V__Kingissepa_nim__kolhoos, lk 6
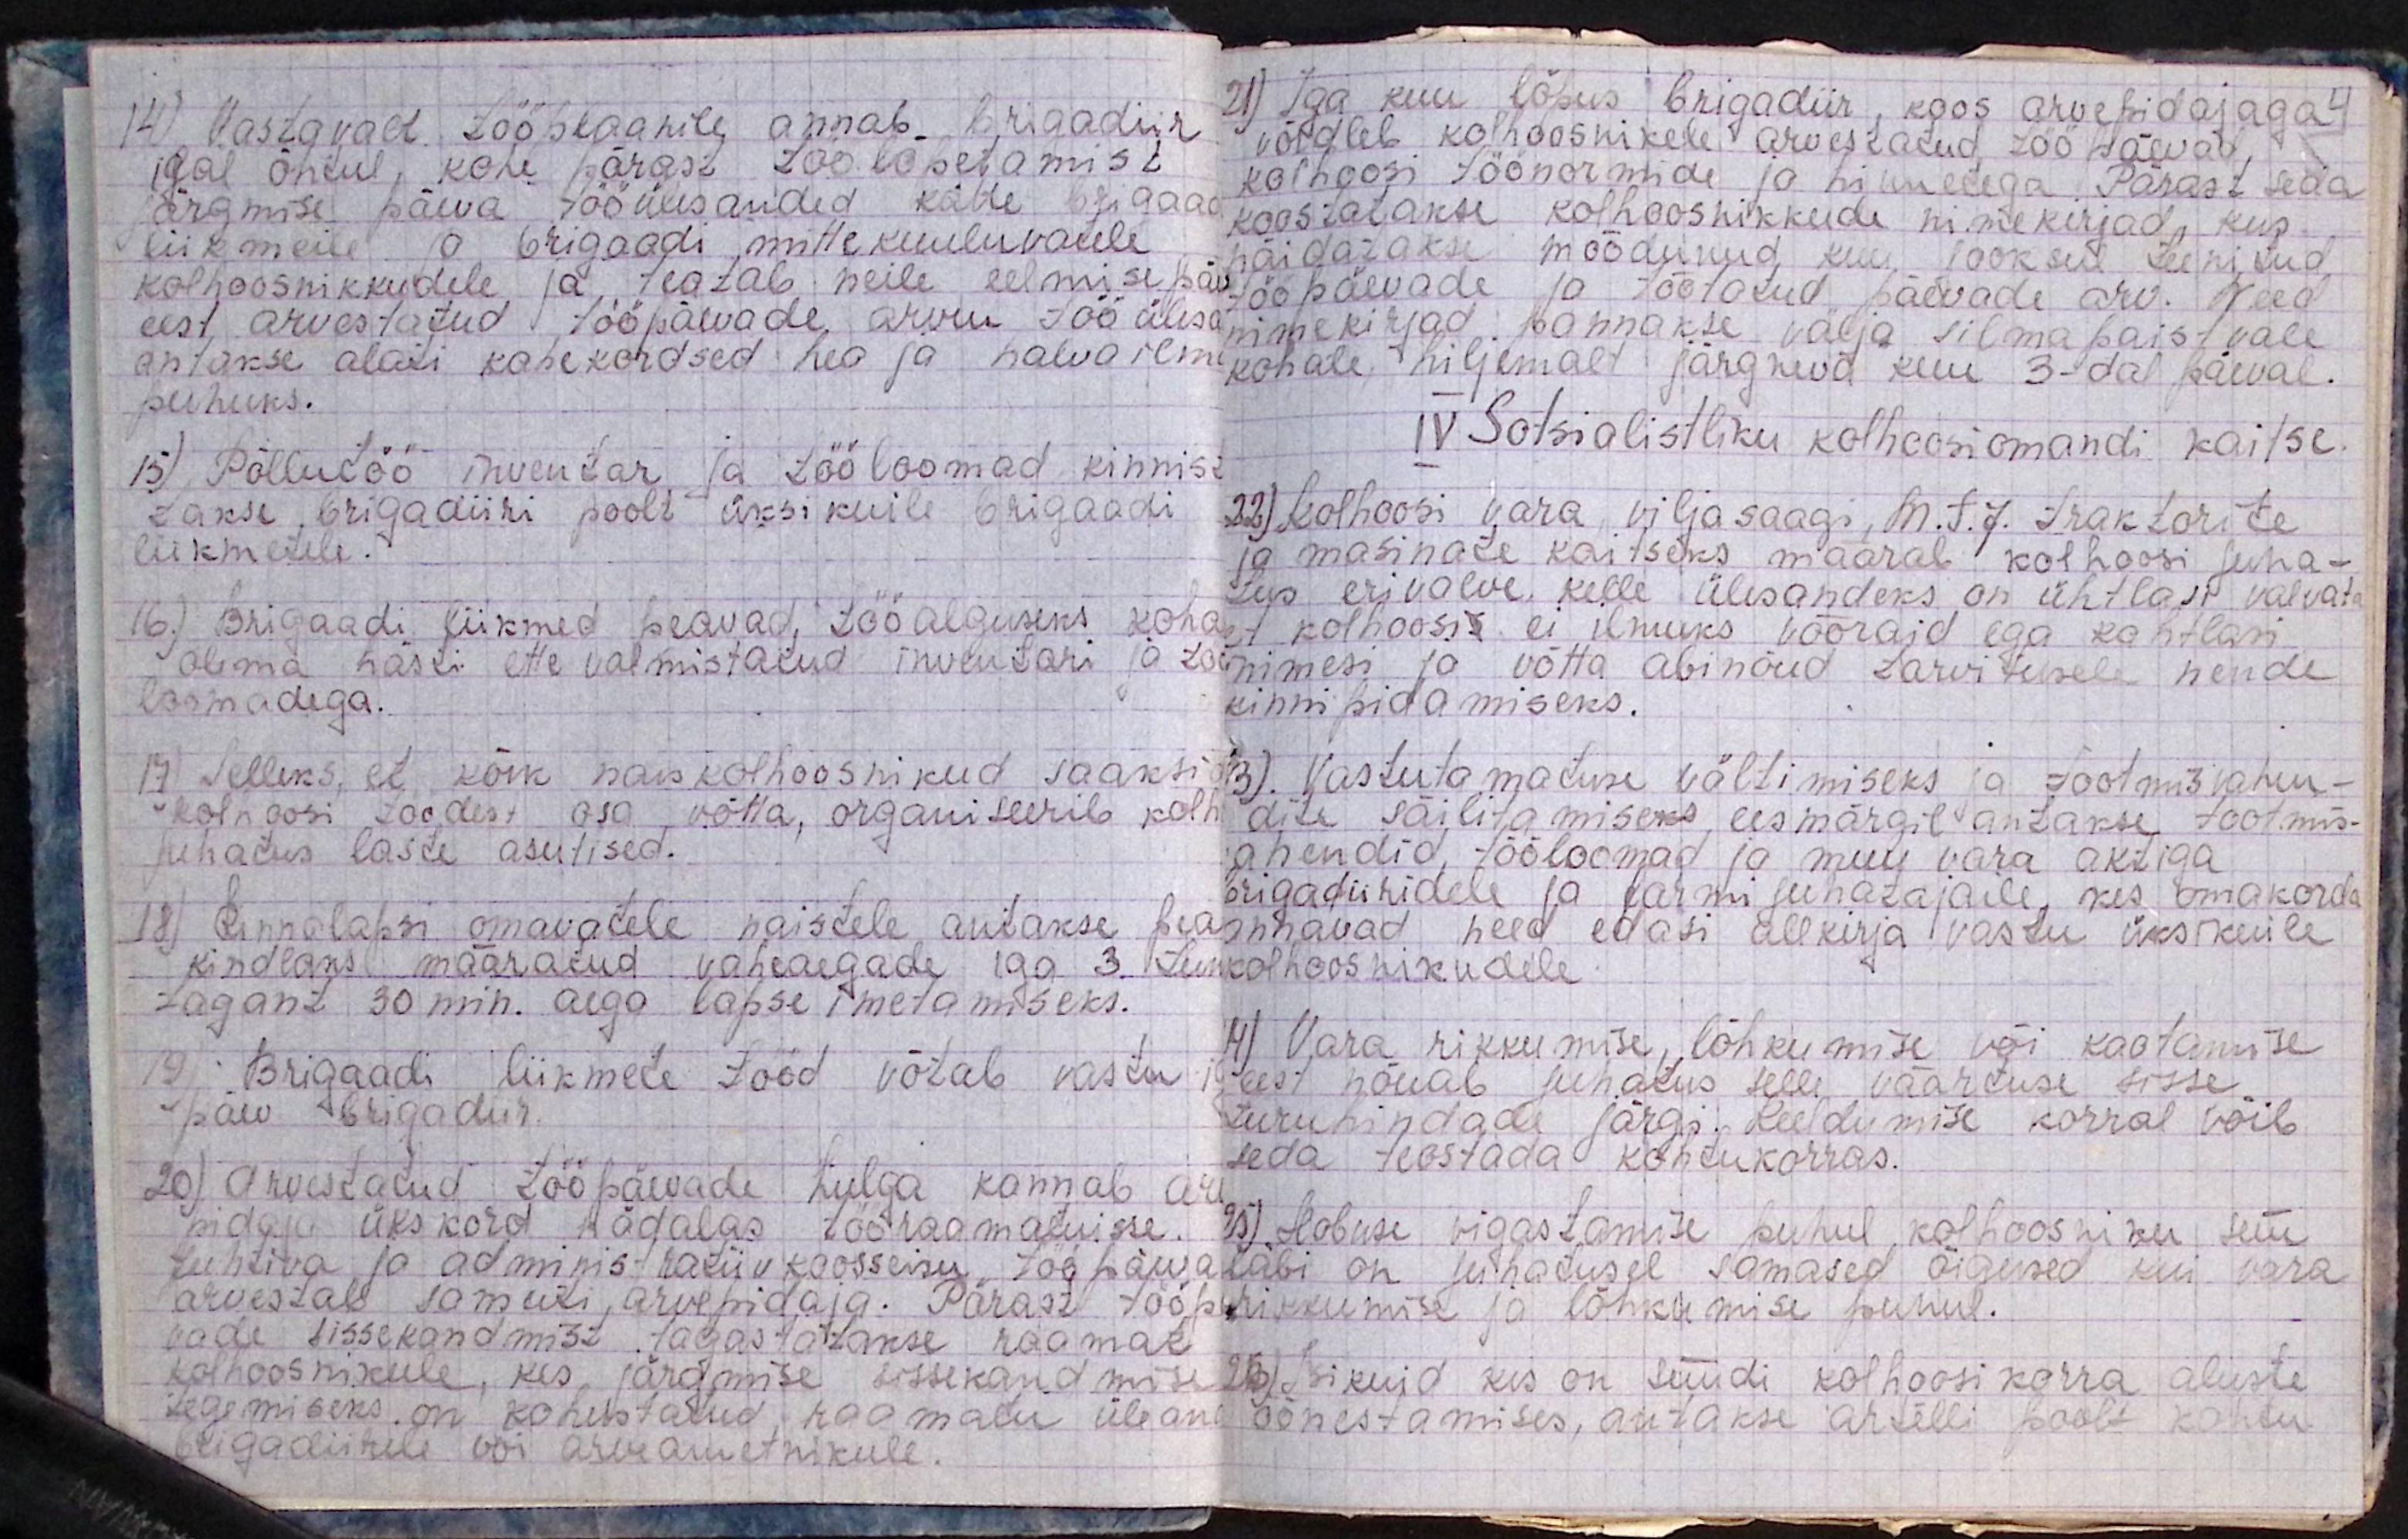
14) Vastavalt tööplaanile annab brigadiir
igal õhtul, kohe pärast töö lõpetamist
järgmise päeva tööülesanded kätte brigaad
liikmeile ja brigaadi mittekuuluvatele
kolhoosnikkudele ja teatab neile eelmise pä
eest arvestatud tööpäevade arvu töö ülesa
antakse alati kahekordsed hea ja halva ilma
puhuks.
15) Põllutöö inventar ja tööloomad kinnis-
takse brigadiiri poolt üksikuile brigaadi
liikmetele.
16) Brigaadi liikmed peavad tööalguseks koh
olema hästi ette valmistatud inventari ja töö
loomadega.
17) Selleks, et kõik naiskolhoosnikud saaksi
kolhoosi töödest osa võtta, organiseerib kolh
juhatus laste asutised.
18.) Rinnalapsi omavatele naistele antakse pea-
kindlaks määratud vaheaegade iga 3 tun
tagant 30 min. aega lapse imetamiseks.
19) Brigaadi liikmete tööd võtab vastu
päev brigadiir.
20) Arvestatud tööpäevade hulga kannab a
pidaja ükskord nädalas tööraamatuisse.
Juhtiva ja administratiiv koosseisu tööpäeva
arvestab samuti arvepidaja. Pärast töö
vade sissekandmist tagastatakse raamat
kolhoosnikule, kes järgmise sissekandmise
tegemiseks on kohustatud raamatu ülean
brigadiirile või arveametnikule.

21) Iga kuu lõpus brigadiir, koos arvepidajaga,
võrdleb kolhoosnikele arvestatud tööpäevad,
kolhoosi töönormide ja hinnetega. Pärast seda
koostatakse kolhoosnikkude nimekirjad, kus
näidatakse möödunud kuu jooksul teenitud
tööpäevade ja töötatud päevade arv. Need
nimekirjad pannakse välja silmapaistvale
kohale hiljemalt järgneva kuu 3-dal päeval.
IV Sotsialistliku kolhoosiomandi kaitse
22) Kolhoosi vara viljasaagi, M. T. J. traktorite
ja masinate kaitseks määrab kolhoosi juha-
tus erivalve, kelle ülesandeks on ühtlasi valvata
et kolhoosi ei ilmuks võõraid ega kahtlasi
inimesi ja võtta abinõud tarvitusele nende
kinnipidamiseks.
3). Vastutamatuse vältimiseks ja tootmisvahen-
dite säilitamiseks eesmärgil antakse tootmis-
vahendid, tööloomad ja muu vara aktiga
brigadiiridele ja farmi juhatajale, kes omakorda
annavad need edasi allkirja vastu üksikuile
kolhoosnikudele.
4) Vara rikkumise, lõhkumise või kaotamise
eest nõuab juhatus selle väärtuse sisse
turuhindade järgi. Keeldumise korral võib
seda teostada kohtukorras.
25). Hobuse vigastamise puhul kolhoosniku süü
läbi on juhatusel samased õigused kui vara
rikkumise ja lõhkumise puhul.
26) Isikuid kes on süüdi kolhoosi korra aluste
õõnestamises, antakse artelli poolt kohtu